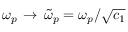
\omega _ { p } \, \rightarrow \, \widetilde { \omega } _ { p } = \omega _ { p } / \sqrt { c _ { 1 } }